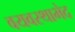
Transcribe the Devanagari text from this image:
वयवस्थाभेद